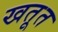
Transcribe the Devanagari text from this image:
खतूत